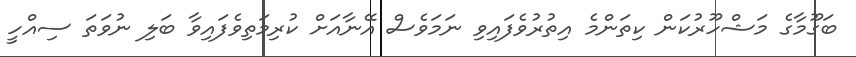
ބަގޫމާގެ މަޝްހޫރުކަން ކިތަންމެ އިތުރުވެފައިވި ނަމަވެސް އޭނާއަށް ކުރިމަތިވެފައިވާ ބަލި ނުވަތަ ސިއްހީ